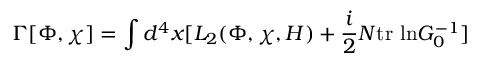
\Gamma [ \Phi , \chi ] = \int d ^ { 4 } x [ L _ { 2 } ( \Phi , \chi , H ) + { \frac { i } { 2 } } N \mathrm { t r ~ l n } G _ { 0 } ^ { - 1 } ]